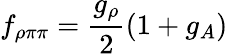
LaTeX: f_{\rho\pi\pi}=\frac{g_{\rho}}{2}(1+g_{A})